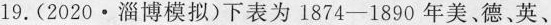
19.（2020·淄博模拟）下表为1874-1890年美、德、英、